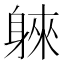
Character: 𲄣